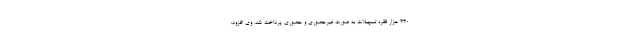
330 هزار فقره تسهیلات به صورت غیرحضوری و حضوری پرداخت شد. وی افزود: